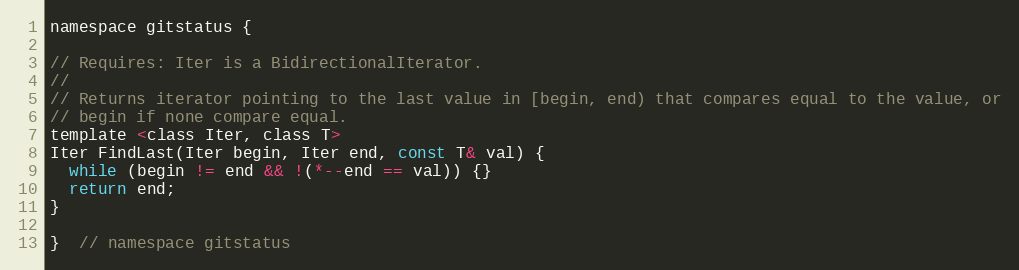
Language: C
namespace gitstatus {

// Requires: Iter is a BidirectionalIterator.
//
// Returns iterator pointing to the last value in [begin, end) that compares equal to the value, or
// begin if none compare equal.
template <class Iter, class T>
Iter FindLast(Iter begin, Iter end, const T& val) {
  while (begin != end && !(*--end == val)) {}
  return end;
}

}  // namespace gitstatus